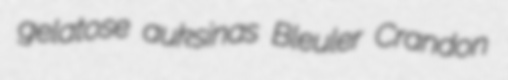
gelatose auksinas Bleuler Crandon